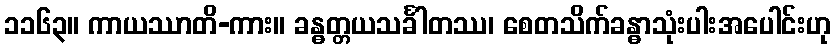
၁၁၆၃။ ကာယဿာတိ-ကား။ ခန္ဓတ္တယသင်္ခါတဿ၊ စေတသိက်ခန္ဓာသုံးပါးအပေါင်းဟု